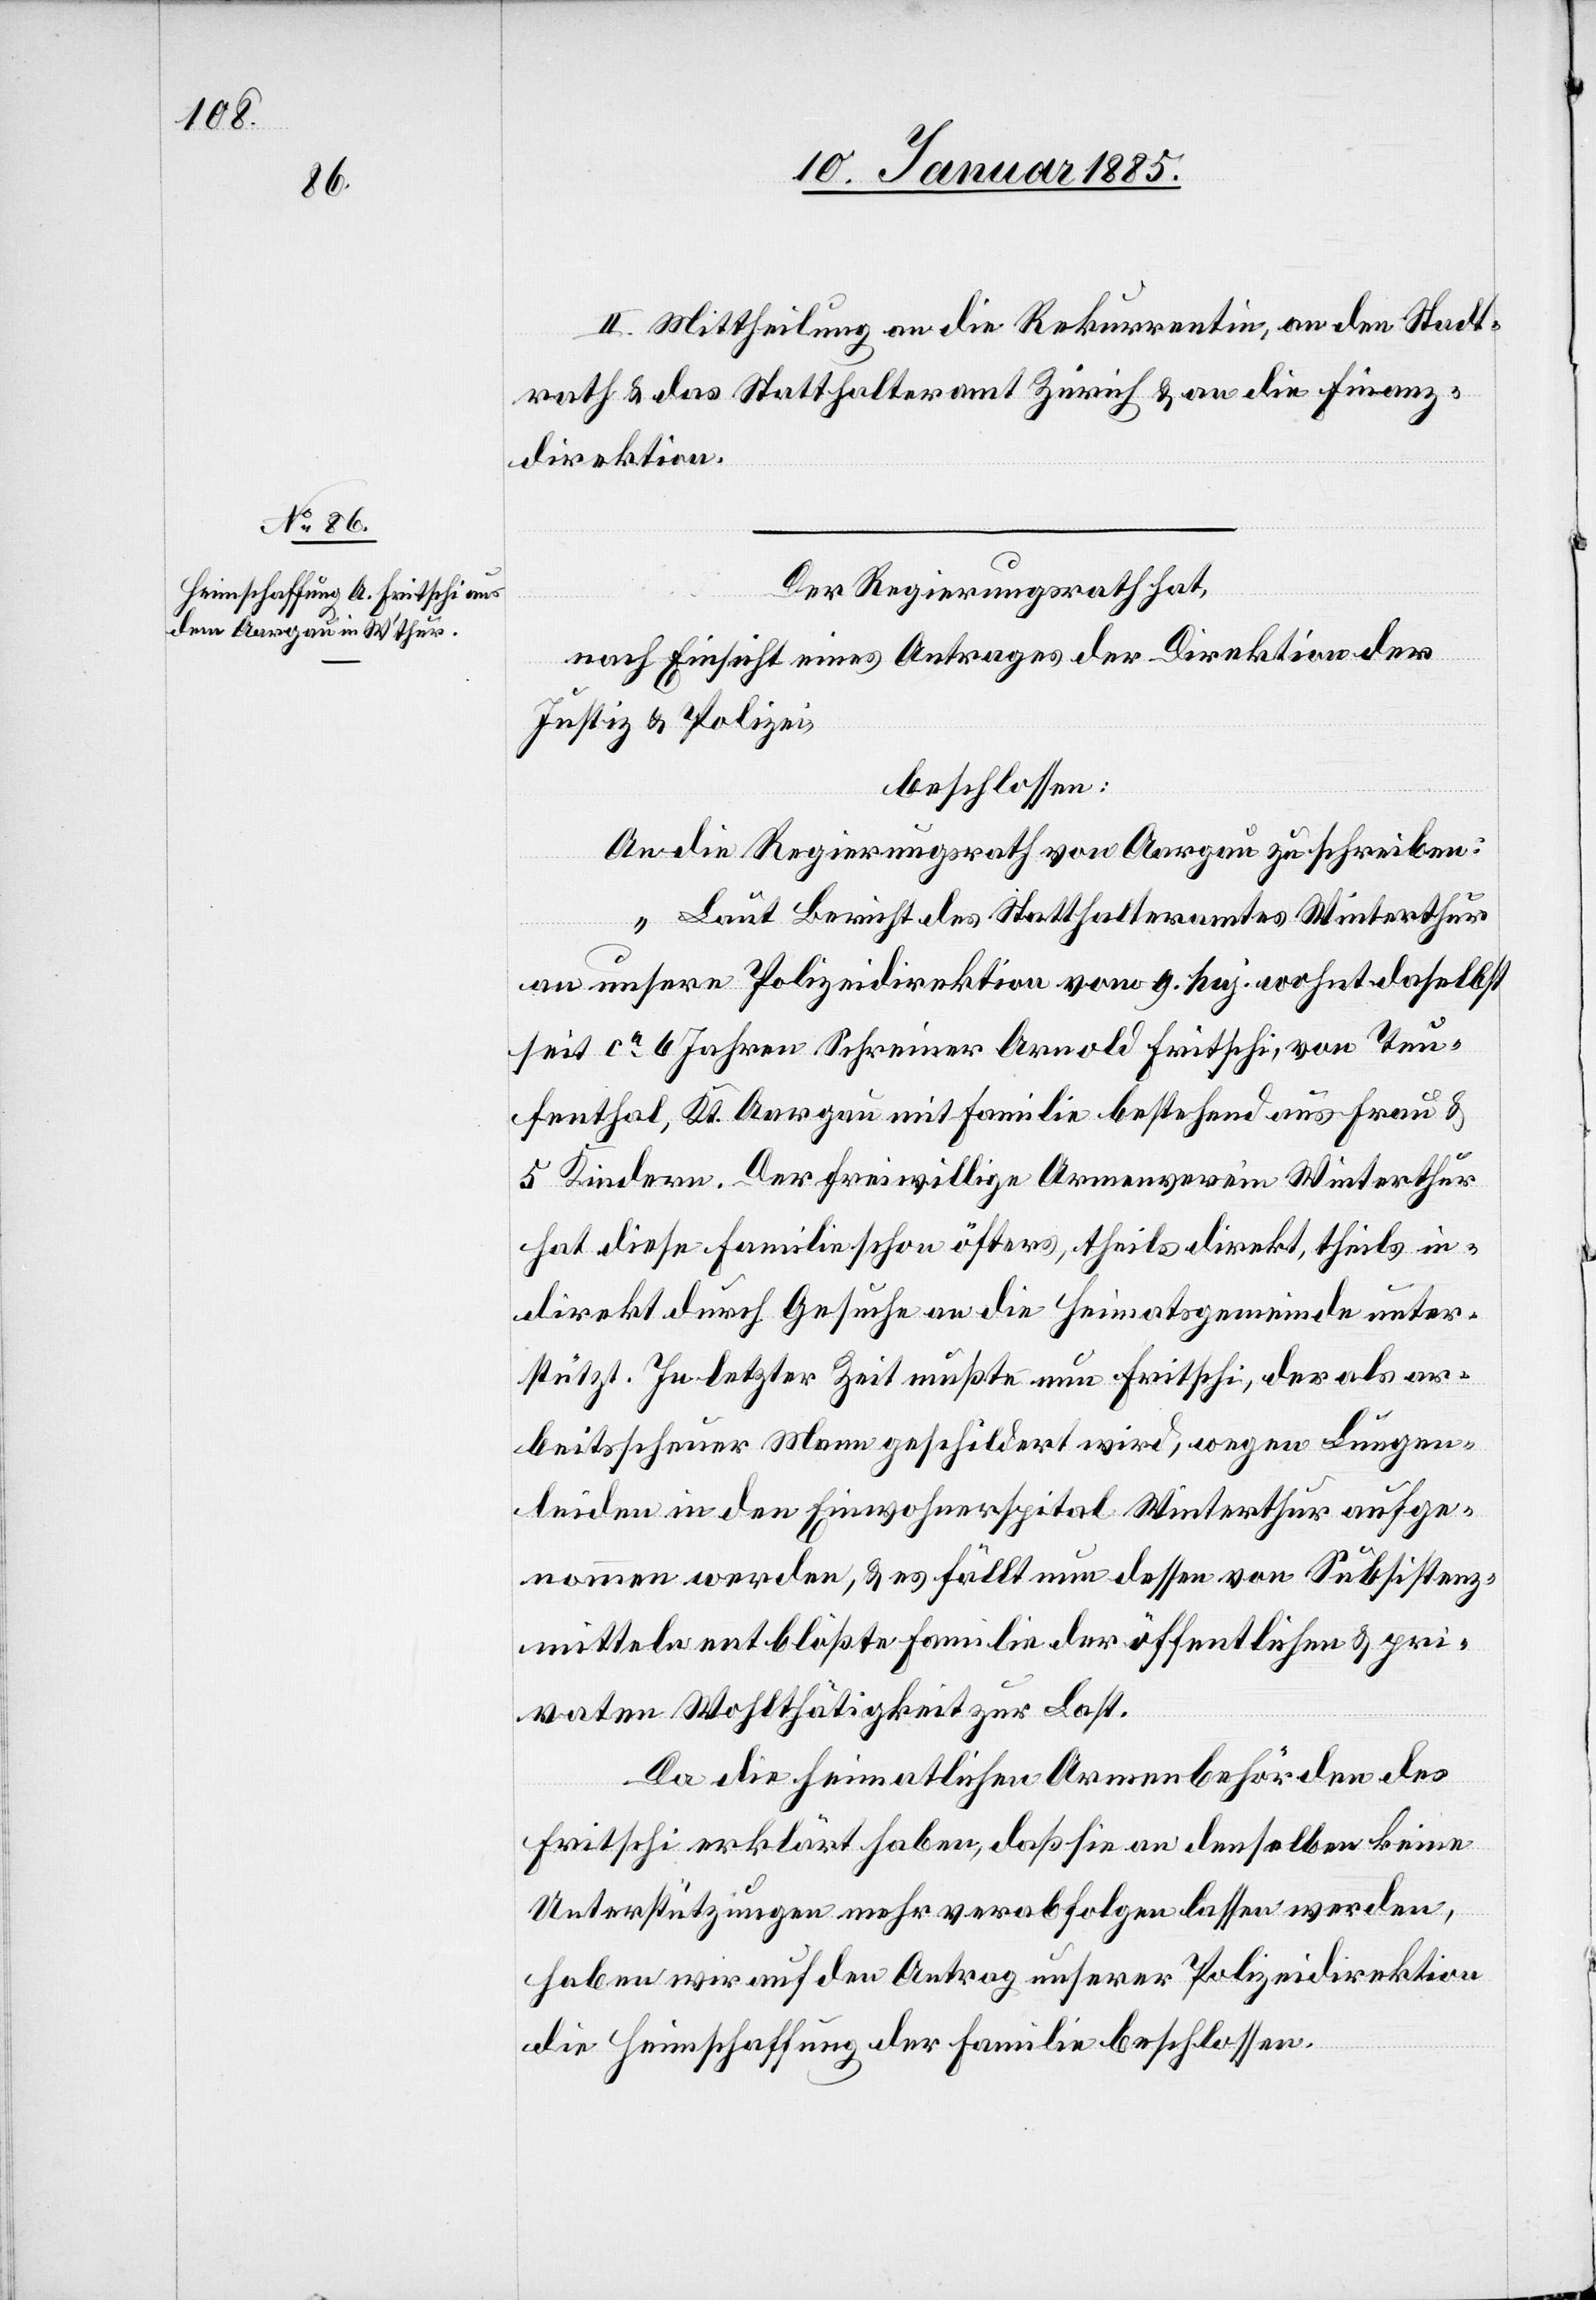
II. Mittheilung an die Rekurrentin, an den Stadt¬
rath & das Statthalteramt Zürich & an die Finanz¬
direktion.
Der Regierungsrath hat,
von
nach Einsicht eines Antrages der Direktion der
Justiz- und Polizei,
beschlossen:
„Laut Bericht des Statthalteramtes Winterthur
an unsere Polizeidirektion vom 9. huj. wohnt daselbst
seit ca 6 Jahren Schreiner Arnold Fritschi, von Teu¬
fenthal, Kt. Aargau mit Familie bestehend aus Frau &
5 Kindern. Der freiwillige Armenverein Winterthur
hat diese Familie schon öfters, theils direkt, theils in¬
direkt durch Gesuche an die Heimatsgemeinde unter¬
stützt. In letzter Zeit mußte nun Fritschi, der als ar¬
beitsscheuer Mann geschildert wird, wegen Lungen¬
leiden in den Einwohnerspital Winterthur aufge¬
nommen werden, & es fällt nun dessen von Substistenz¬
mitteln entblößte Familie der öffentlichen & pri¬
vaten Wohltätigkeit zur Last.
Da die heimatliche Armenbehörden des
Fritschi erklärt haben, daß sie an denselben keine
Unterstützungen mehr verabfolgen lassen werden,
haben wir auf den Antrag unserer Polizeidirektion
Heimschaffung der Familie beschlossen.